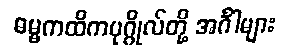
ဓမ္မကထိကပုဂ္ဂိုလ်တို့ အင်္ဂါများ